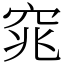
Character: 窕